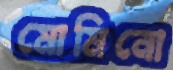
মোমিনো